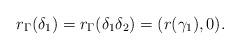
LaTeX: \begin{align*} r_\Gamma(\delta_1)=r_\Gamma(\delta_1\delta_2) = (r(\gamma_1),0). \end{align*}